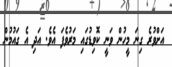
އަށްވުރެ ގިނަ މީހުން ވަނީ ކޮވިޑުގައި މަރުވެފަ އެވެ. އަދި އެ ގައުމުން